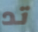
تد